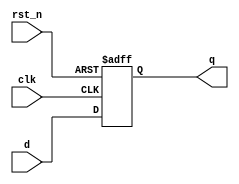
module flip_flop (
    input wire clk,       // Clock input
    input wire rst_n,     // Active-low reset
    input wire d,        // Data input
    output reg q         // Data output
);

// Always block triggered on the rising edge of the clock or when reset is active
always @(posedge clk or negedge rst_n) begin
    if (!rst_n) begin
        // Asynchronous reset
        q <= 1'b0;      // Reset output q to 0
    end else begin
        // Non-blocking assignment for the flip-flop
        q <= d;         // Capture data input d
    end
end

endmodule